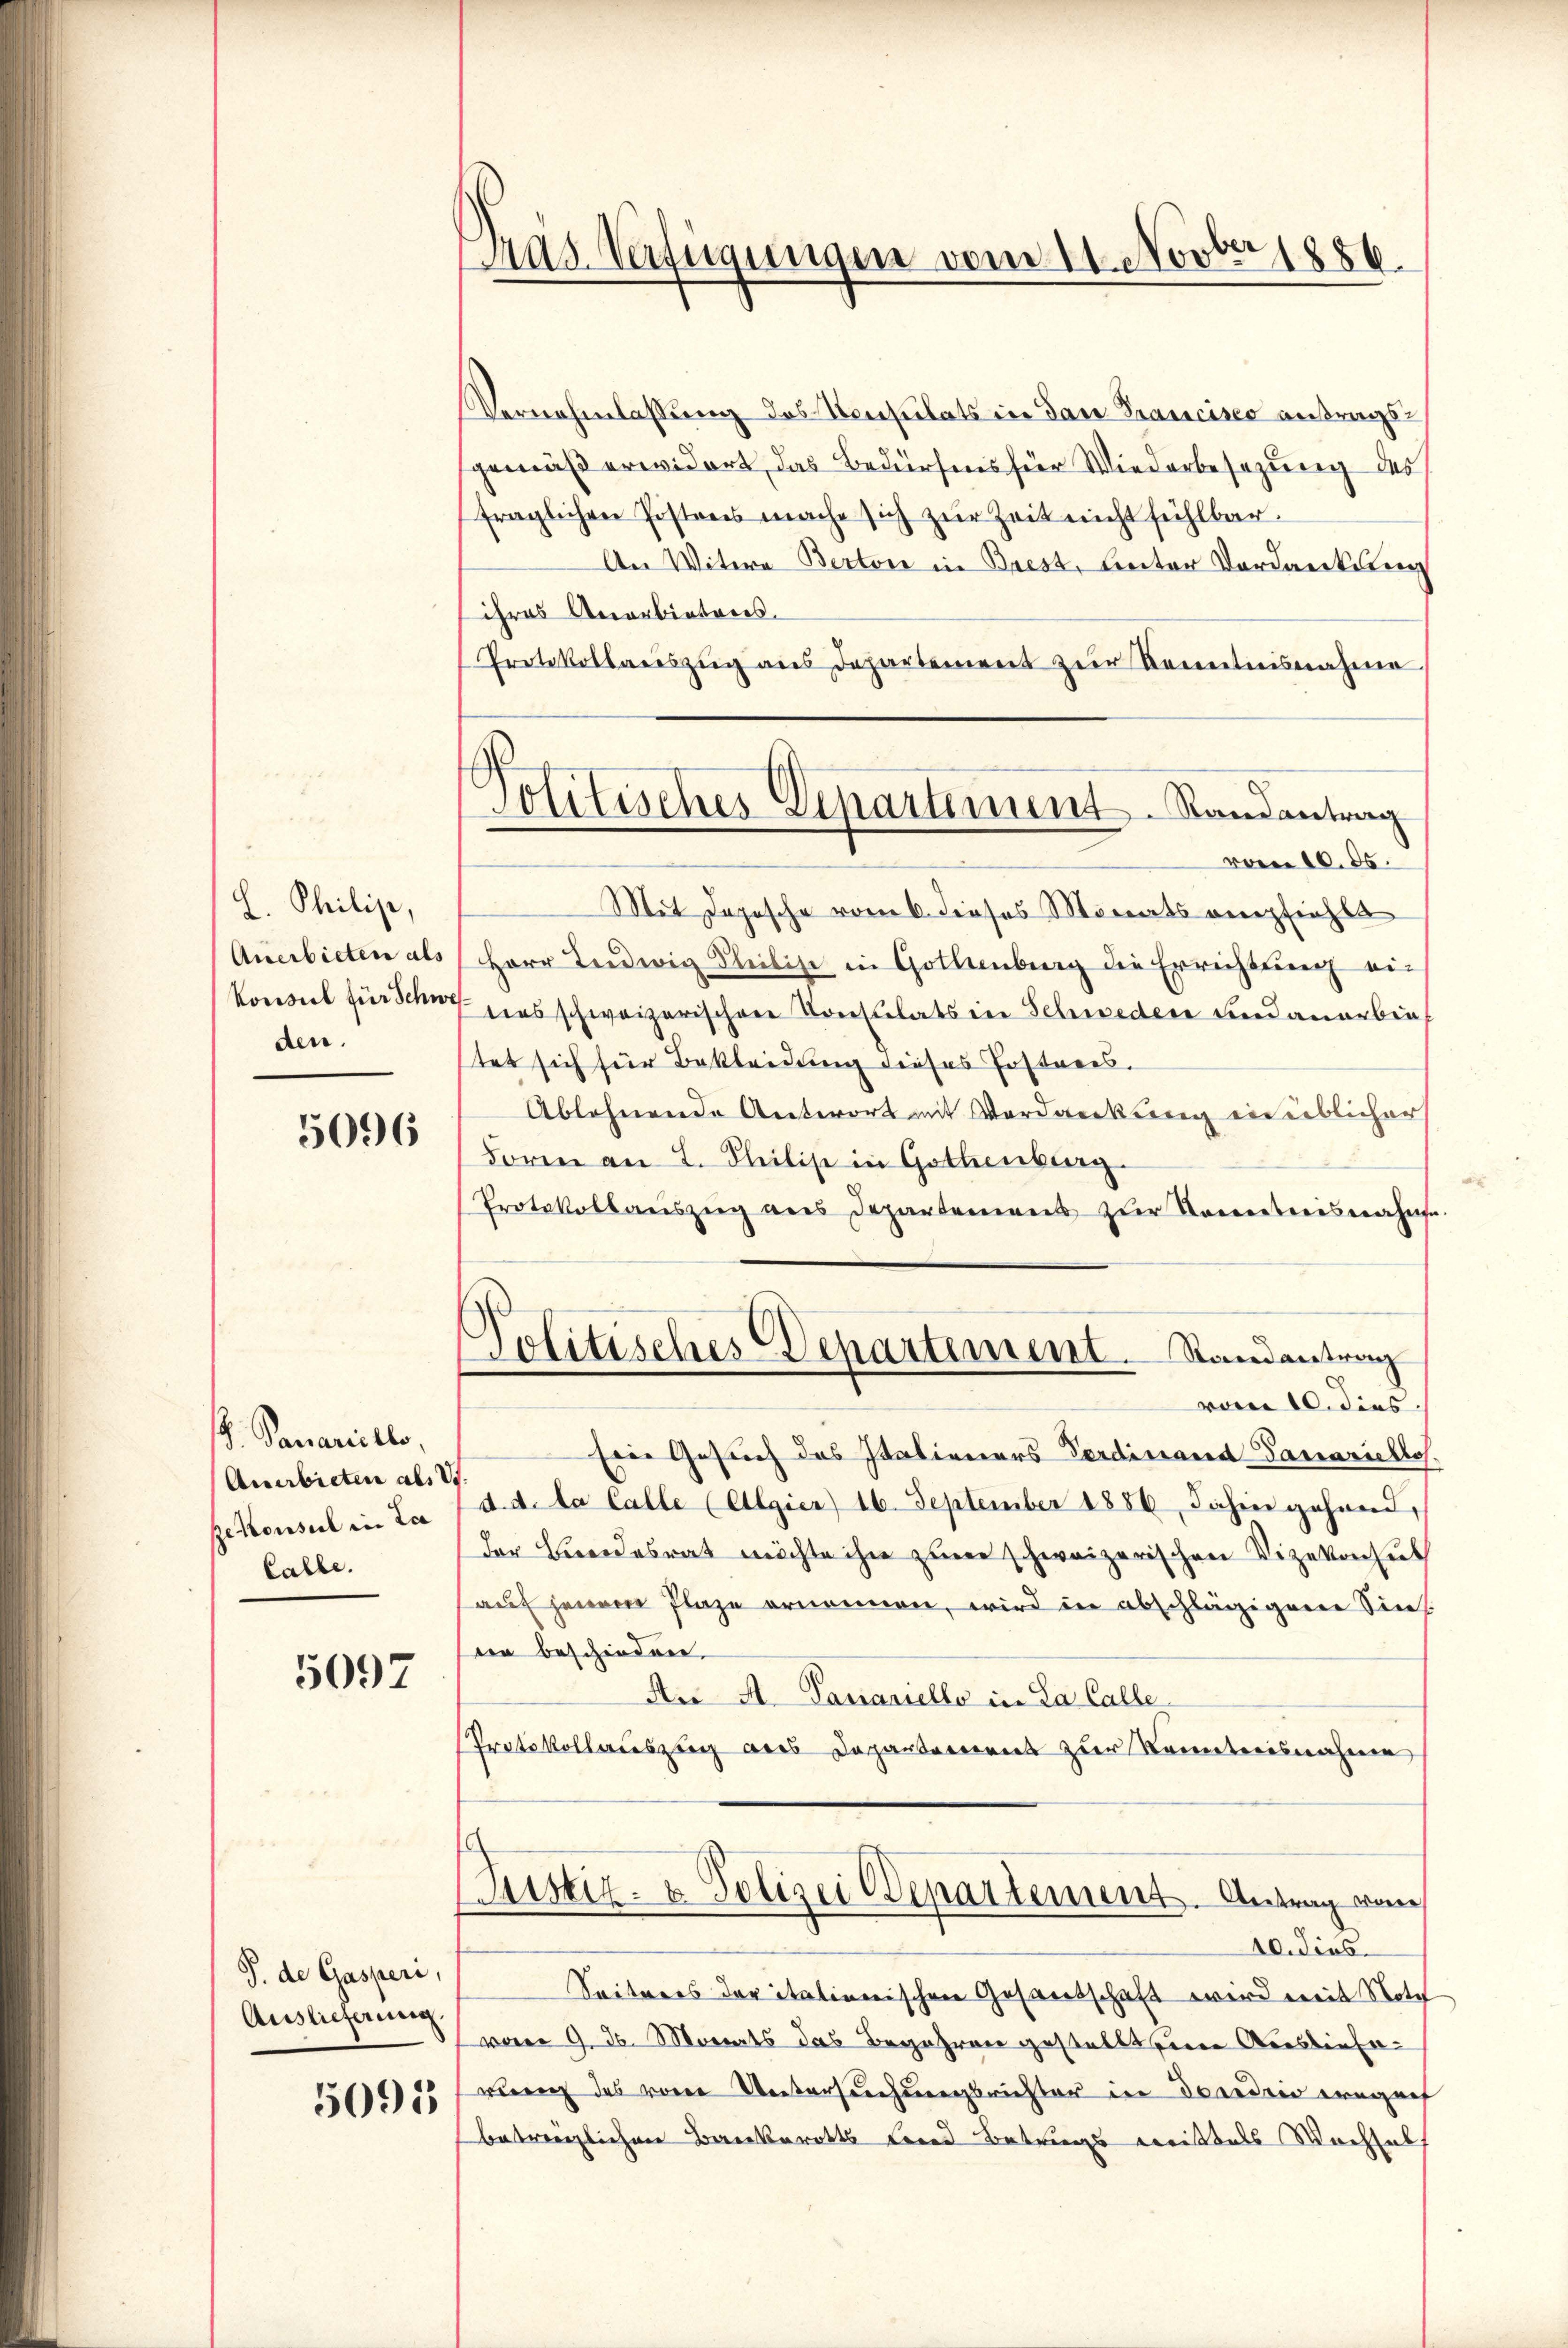
L. Philis,
Anerbieten als
Konseil für Schwe
den.

5096

. Panariello,
Anerbieten als
Rekonsul in La
Calle.

5097

S. de Gasperi,
Auslieferung

5095

das Verfügungen vom 11. Novber 1886.

Politisches Departement Randantrag

Vernehmlassung des Konsulats in dan Francisco antragsgemäß erwidert, das Bedürfens für Wiederbesezung des
fraglichen Pistors mache sich zur Zeit nicht fühlbar.
An Witwe Berton in Brest, unter Verdankung
ihres Anerbieteres.
Protokollauszug aus Departement zŭr Kenntnisnahme
vom 10. ds.
Mit Depesche vom 6. dieses Monats empfiehlt
Herr Liedwig Theilise in Gottenberg die Errichtung ei¬
7 das schweizerischen Consulats in Schweden und anerbiet
tet sich für Bekleidung dieses Postners.
Ablehnende Unterort mit Verdankung in üblicher
Foren an L. Steilist in Gothenburg
Protokollaŭszŭg ans Departement zŭr Kometrisnahme.
Politisches Departement. Randantrag
vom 10. dies
Eine Gesuch des Italieners Ferdinand Danariellos.
f
d. d. da Calle (Algier) 16. September 1886 dahin gehend,
der Bundesrat möchte ihre zum schweizerischen Vizekonsul
auf jenem Plaze ernennen, wird in abschlägigene Sin
een beschieden.
An A. Danariello in La Calle.
Protokollauszug aus Departerroriet zur Kenntnisnahme
Justiz- & Polizei Departement. Antrag vom
10. dies
Seiteres der italienischen Gesandschaft wird mit Noth
vom 9. ds. Monats das Begehren gestellt seine Ausliefewern das von Untersuchungsrichter in Draediis engach
betreulichen Bankerotts Fried Betrags weistals Wechsel